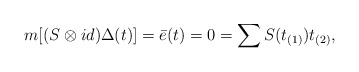
\begin{align*}m[(S\otimes id)\Delta(t)]=\bar{e}(t)=0=\sum S(t_{(1)})t_{(2)},\end{align*}